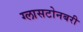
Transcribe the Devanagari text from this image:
ग्लासटोनबरी